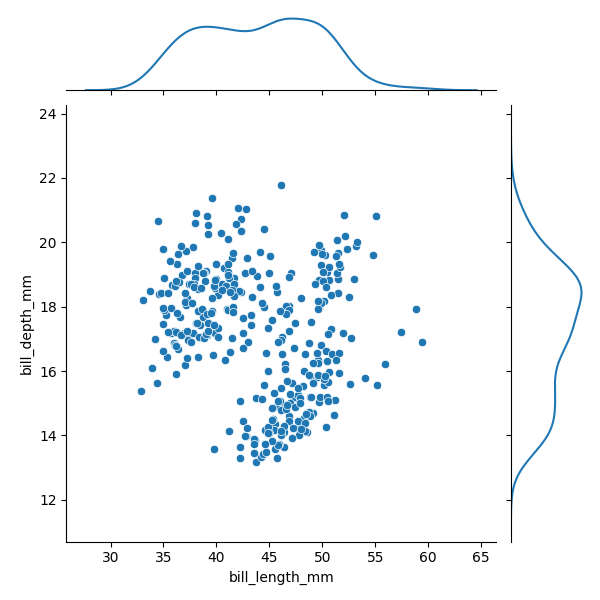
python, seaborn, JointGrid, scatterplot, kdeplot